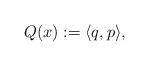
LaTeX: \begin{align*}Q(x):=\langle q, p\rangle,\end{align*}